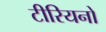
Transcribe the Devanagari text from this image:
टीरियनों